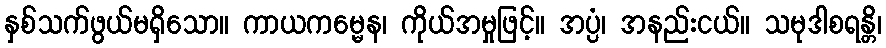
နှစ်သက်ဖွယ်မရှိသော။ ကာယကမ္မေန၊ ကိုယ်အမှုဖြင့်။ အပ္ပံ၊ အနည်းငယ်။ သမုဒါစရန္တိ၊